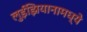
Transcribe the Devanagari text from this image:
लुईझियानामध्ये